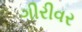
ગીરીવર